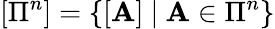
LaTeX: \left[\Pi^{n}\right]=\left\{ \left[\mathbf{A}\right]\ |\ \mathbf{A}\in\Pi^{n}\right\}